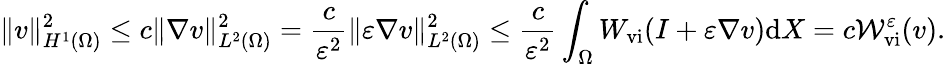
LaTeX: \| v\| _{H^{1}(\Omega)}^{2}\leq c\| \nabla v\| _{L^{2}(\Omega)}^{2}=\frac{c}{\varepsilon^{2}}\| \varepsilon\nabla v\| _{L^{2}(\Omega)}^{2}\leq\frac{c}{\varepsilon^{2}}\int_{\Omega}W_{\mathrm{vi}}(I+\varepsilon\nabla v)\mathrm{d}X=c\mathcal{W}_{\mathrm{vi}}^{\varepsilon}(v).